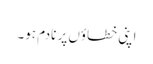
اپنی خطاؤں پر نادم ہو۔